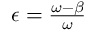
\begin{array} { r } { \epsilon = \frac { \omega - \beta } { \omega } } \end{array}